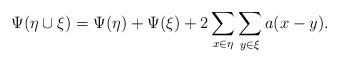
LaTeX: \begin{align*} \Psi (\eta \cup \xi) = \Psi (\eta)+ \Psi (\xi) + 2 \sum_{x\in \eta}\sum_{y\in \xi} a(x-y).\end{align*}